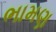
ભામણ